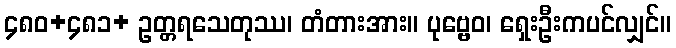
၄၈၀+၄၈၁+ ဥတ္တရသေတုဿ၊ တံတားအား။ ပုဗ္ဗေဝ၊ ရှေးဦးကပင်လျှင်။